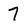
Character: 7